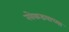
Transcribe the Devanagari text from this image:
खेकडयाच्या